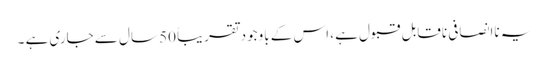
یہ ناانصافی ناقابل قبول ہے ، اس کے باوجود تقریباً 50 سال سے جاری ہے ۔